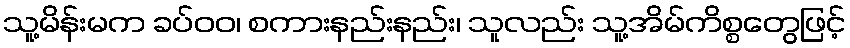
သူ့မိန်းမက ခပ်ဝဝ၊ စကားနည်းနည်း၊ သူလည်း သူ့အိမ်ကိစ္စတွေဖြင့်